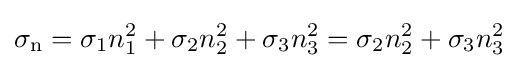
\sigma _{\text{n}}=\sigma _{1}n_{1}^{2}+\sigma _{2}n_{2}^{2}+\sigma _{3}n_{3}^{2}=\sigma _{2}n_{2}^{2}+\sigma _{3}n_{3}^{2}